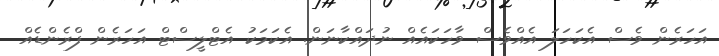
އަހަރެން ވެސް އެކަހަލަ އެއްވެސް ވާހަކައެއް ނުދައްކާނަން. އެކަމަކު އެޓްލީސްޓް އަހަރެން ފްރެންޑެއް